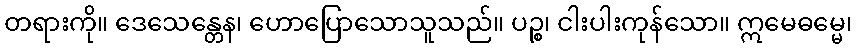
တရားကို။ ဒေသေန္တေန၊ ဟောပြောသောသူသည်။ ပဉ္စ၊ ငါးပါးကုန်သော။ ဣမေဓမ္မေ၊